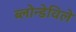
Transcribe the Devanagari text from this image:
ब्लोन्डेविले